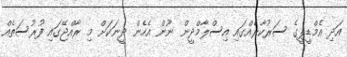
އަދި އެމްޑީޕީގެ ސަރުކާރެއްގައި އިސްލާމްދީން ނޫން އެހެން ދީނަކަށް މި ރާއްޖޭގައި ފުރުސަތެއް